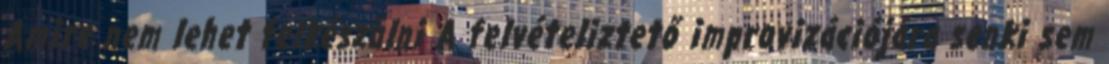
Amire nem lehet felkészülni A felvételiztető improvizációjára senki sem